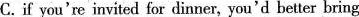
C.if you're invited for dinner, you'd better bring